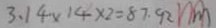
3 . 1 4 \times 1 4 \times 2 = 8 7 . 9 2 ( m )